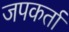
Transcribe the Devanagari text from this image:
जपकर्ता